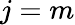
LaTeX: j=m